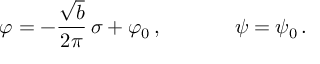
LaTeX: \varphi = - \frac { \sqrt { b } } { 2 \pi } \, \sigma + \varphi _ { 0 } \, , \, \, \, \, \, \, \, \, \, \, \, \, \, \, \, \, \, \, \, \, \, \psi = \psi _ { 0 } \, .